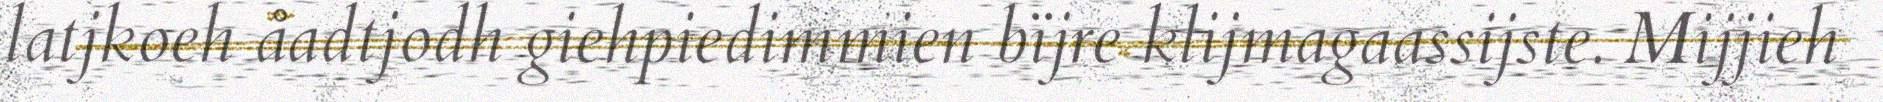
latjkoeh åadtjodh giehpiedimmien bïjre klijmagaassijste. Mijjieh